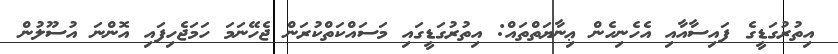
އިތުރުގަޑީގެ ފައިސާއާއި އެހެނިހެން ޢިނާޔަތްތައް: އިތުރުގަޑީގައި މަސައްކަތްކުރަން ޖެހޭނަމަ ހަމަޖެހިފައި އޮންނަ އުސޫލުން